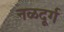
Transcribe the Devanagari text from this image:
नळदूर्ग